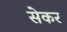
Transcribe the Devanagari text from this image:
सेकर